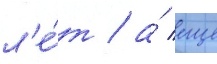
л'е́т / а́ еще